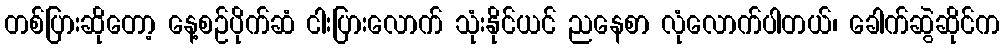
တစ်ပြားဆိုတော့ နေ့စဉ်ပိုက်ဆံ ငါးပြားလောက် သုံးနိုင်ယင် ညနေစာ လုံလောက်ပါတယ်၊ ခေါက်ဆွဲဆိုင်က